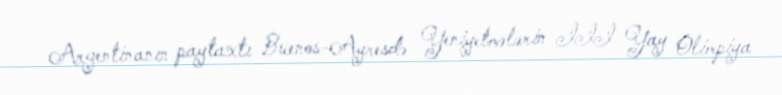
Argentinanın paytaxtı Buenos-Ayresdə Yeniyetmələrin III Yay Olimpiya